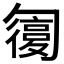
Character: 𠤇